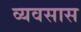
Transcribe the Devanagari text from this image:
व्यवसास